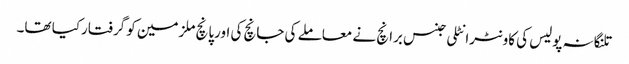
تلنگانہ پولیس کی کاونٹرانٹلی جنس برانچ نے معاملے کی جانچ کی اورپانچ ملزمین کو گرفتارکیا تھا۔